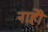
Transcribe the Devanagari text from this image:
नाहीे